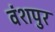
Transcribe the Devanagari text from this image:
वंशपुर